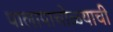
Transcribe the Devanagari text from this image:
पालापाचोळ्याची